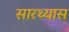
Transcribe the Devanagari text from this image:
सारथ्यास